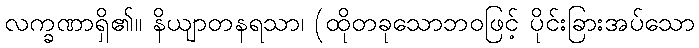
လက္ခဏာရှိ၏။ နိယျာတနရသာ၊ (ထိုတခုသောဘဝဖြင့် ပိုင်းခြားအပ်သော